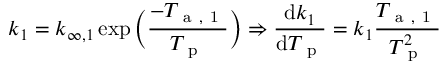
k _ { 1 } = k _ { \infty , 1 } \exp \bigg ( \frac { - T _ { \mathrm { ~ a ~ , ~ 1 ~ } } } { T _ { \mathrm { ~ p ~ } } } \bigg ) \Rightarrow \frac { \mathrm { d } k _ { 1 } } { \mathrm { d } T _ { \mathrm { ~ p ~ } } } = k _ { 1 } \frac { T _ { \mathrm { ~ a ~ , ~ 1 ~ } } } { T _ { \mathrm { ~ p ~ } } ^ { 2 } }